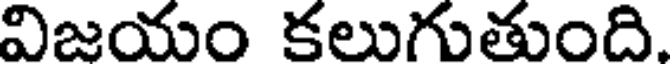
విజయం కలుగుతుంది.